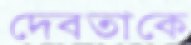
দেবতাকে